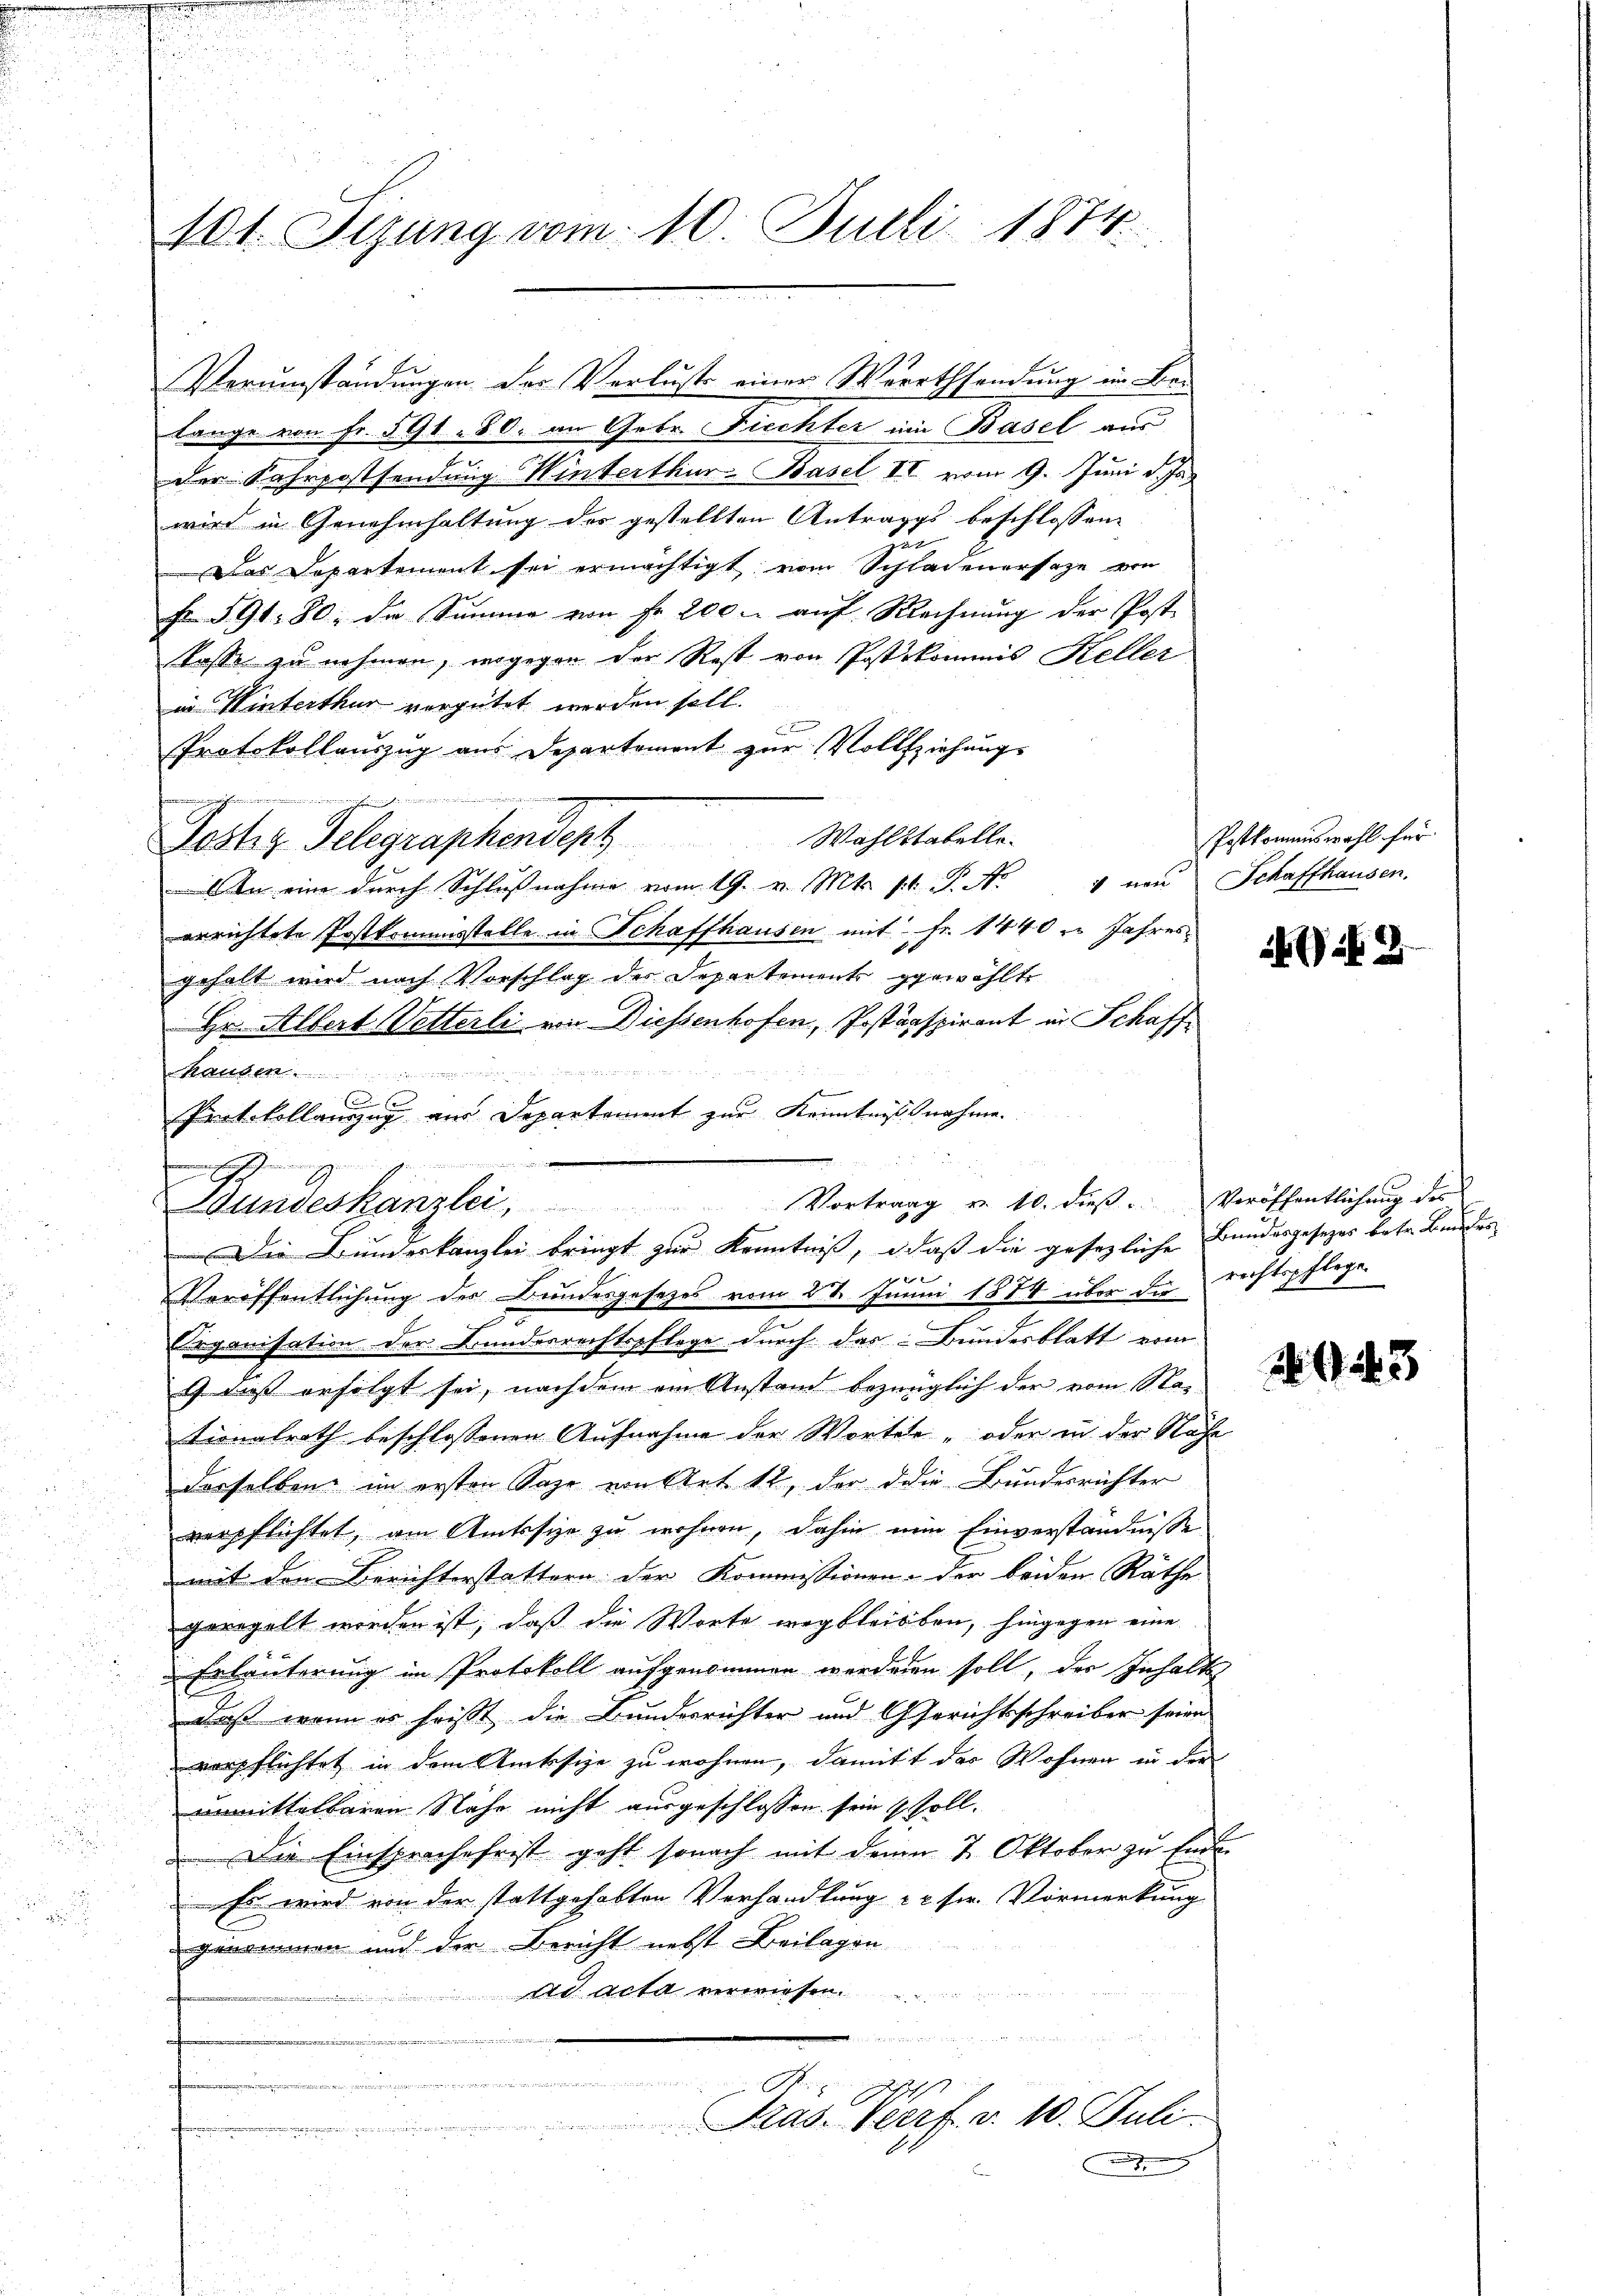
101. Sizung vom 10. Juli 1874.

lange von Fr. 591. 80. an Gebr. Fiechter ein Basel aus
der Fahrpostsendung Winterthur. Basel II vom 9. Juni d. Js.
wird in Genehmhaltung der gestellten Antrages beschlossen:
Das Departement sei ermächtigt vom Schladenersage von
Fr. 591. 80. die Summe von Fr. 200 u. aŭf Rechnŭng der Post-
tasse zu nehmen, wogegen der Rest von Postkommis Keller
in Winterthur vergütet werden soll.
Protokollauszug aus Departement zur Vollziehung.
gmann
Wahlstabelle.
Jester Telegraphendert
An eine durch Schlŭβnahme vom 19. v. Mts. st. P. N. " von Schaffhausen,
errichtete Postkommisstelle in Schaffhausen mit Fr. 1440. Jahres
gehalt wird nach Vorschlag des Departements gewählte
Hr. Albert Vetterli von Diessenhofen, Postanspirant in Schaff

hauben
f
Protokollanzug aus Departement zur Kenntnißnahme.
Veröffentlichung der Bundesgesetzes vom 24. Juni 1874 über die rechtspflege
Organisation der Bundesrechtspflege durch das Bundesblatt vom
1 dass erfolgt sei, nachdem ein Anstand bezüglich der vom Sta-
tionalrath beschlossenen Aufnahme der Wortete oder in der Nähe
derselben im ersten Sage von Art 12, der die Bundesrichter
verpflichtet, am Amtssige zu wohnen, dahin nun Einverständnisse
mit den Berichterstattern der Kommissionen der beiden Räthe
geregelt worden ist, daß die Worte wegbleiben, hingegen eine
Erläuterung im Protokoll aufgenommen werden soll, der Inhalte
Daß wenn es heißt die Bundesrichter und Gerichtsschreiber seien
verpflichtet in dem Amtssige zu wohnen, damit der Wohnen in der
unmittelbaren Nähe nicht ausgeschlossen sein 1 soll.
Die Einsprachefrist geht sonach mit demn 7. Oktober zu Ende
Es wird von der stattgehabten Verhandlung 22 sr. Vormerkung
genommen und der Bericht nebst Beilagen
ad acta verwiesen.
f

g
.a. Verf. v. 10. Juli
e

Verumständungen der Verlust einer Werthsendung im Bei¬

Bundeskanzlei, Vortrag v. 10. dieβ. Veröffentlichŭng des
Die Bundeskanzlei bringt zur Kenntniß, daß die gesezliche Bundesgesezes betr. Bundes

Postkommiswahl für

2

23